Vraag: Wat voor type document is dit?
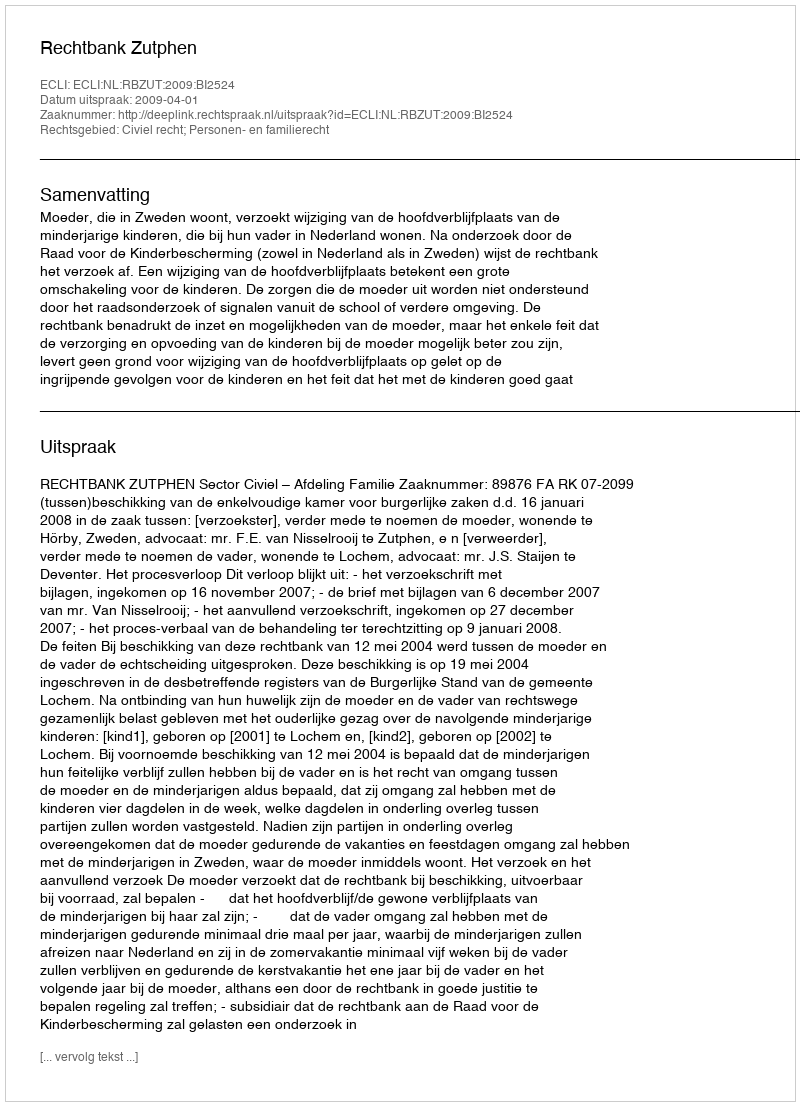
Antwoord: Uitspraak